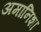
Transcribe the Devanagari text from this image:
अमानिशा